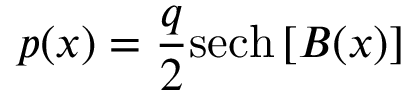
p ( x ) = { \frac { q } { 2 } } \mathrm { s e c h } \left[ B ( x ) \right]